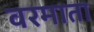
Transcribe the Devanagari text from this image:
वरमाता